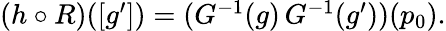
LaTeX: \begin{array}{r}{(h\circ R)([g^{\prime}])=(G^{-1}(g)\, G^{-1}(g^{\prime}))(p_{0}).}\end{array}